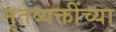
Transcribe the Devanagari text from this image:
मृतव्यक्तींच्या